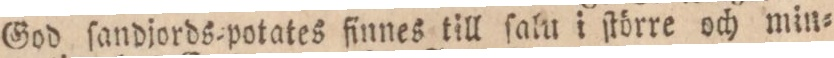
God ſandjords=potates finnes till ſalu i ſtörre och min=